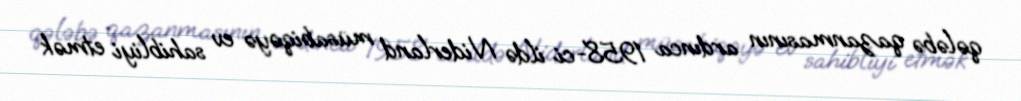
qələbə qazanmasının ardınca 1958-ci ildə Niderland müsabiqəyə ev sahibliyi etmək